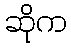
ဆိုက